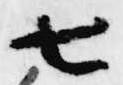
七